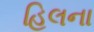
હિલના